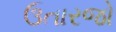
ઉતારજો